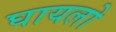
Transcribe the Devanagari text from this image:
घायलो